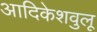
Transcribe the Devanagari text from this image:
आदिकेशवुलू